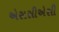
એસસીએસી